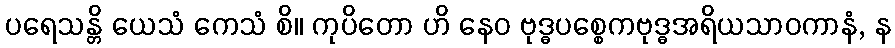
ပရေသန္တိ ယေသံ ကေသံ စိ။ ကုပိတော ဟိ နေဝ ဗုဒ္ဓပစ္စေကဗုဒ္ဓအရိယသာဝကာနံ, န